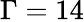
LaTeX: \Gamma=14